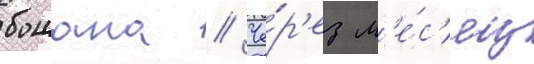
бошана // Че́р'ез м'е́с'яц